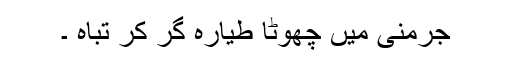
جرمنی میں چھوٹا طیارہ گرِ کر تباہ ۔